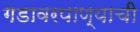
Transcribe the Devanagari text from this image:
गडावरपाण्याची